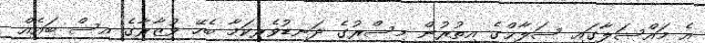
އެ މައްސަލާގައި ސަލާޙްގެ އިތުރުން މިސްރުގެ ދަނޑުވެރިކަމާ ބެހޭ ވުޒާރާގެ އިސް ބައެއް